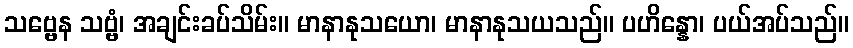
သဗ္ဗေန သဗ္ဗံ၊ အချင်းခပ်သိမ်း။ မာနာနုသယော၊ မာနာနုသယသည်။ ပဟိန္နော၊ ပယ်အပ်သည်။